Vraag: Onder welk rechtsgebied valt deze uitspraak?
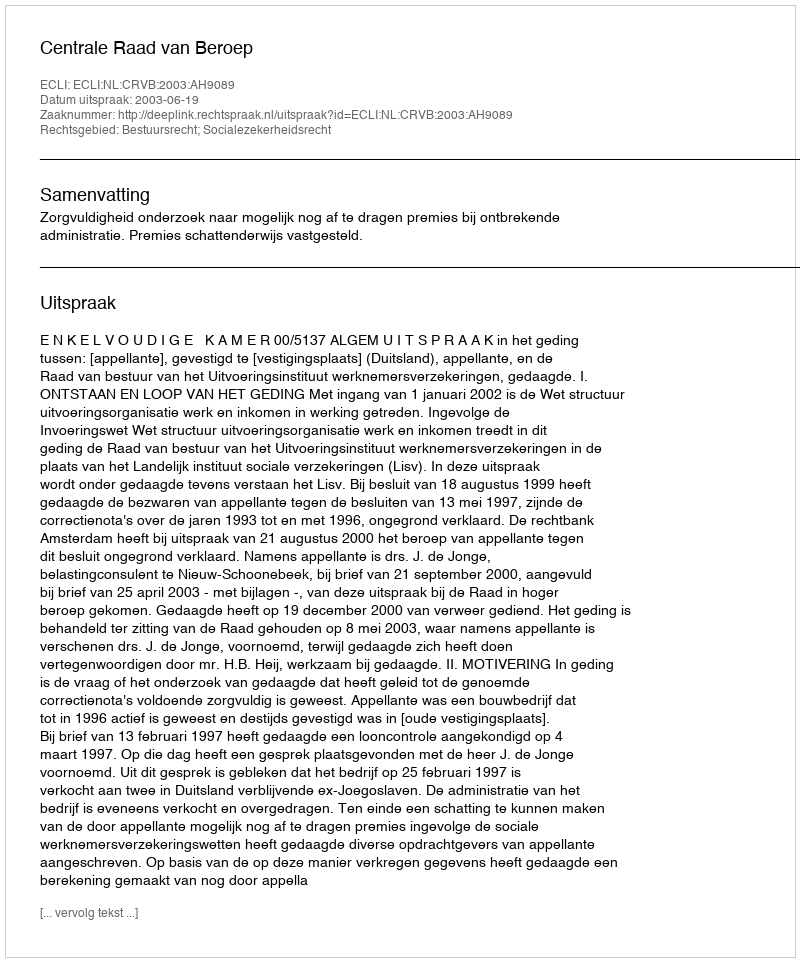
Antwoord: Bestuursrecht; Socialezekerheidsrecht